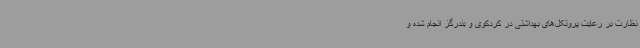
نظارت بر رعایت پروتکل‌های بهداشتی در کردکوی و بندرگز انجام شده و